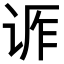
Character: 𬣶